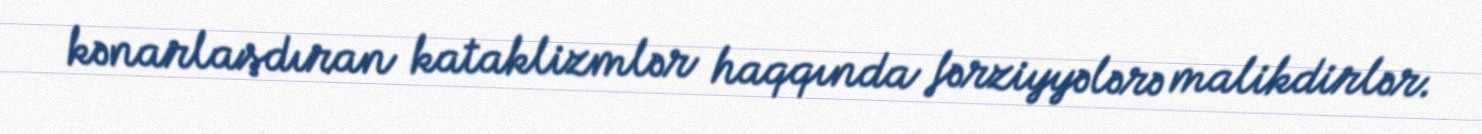
kənarlaşdıran kataklizmlər haqqında fərziyyələrə malikdirlər.